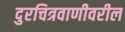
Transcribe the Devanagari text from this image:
दुरचित्रवाणीवरील